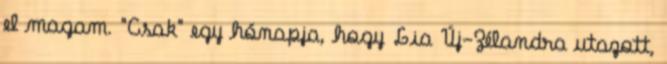
el magam. "Csak" egy hónapja, hogy Lia Új-Zélandra utazott,